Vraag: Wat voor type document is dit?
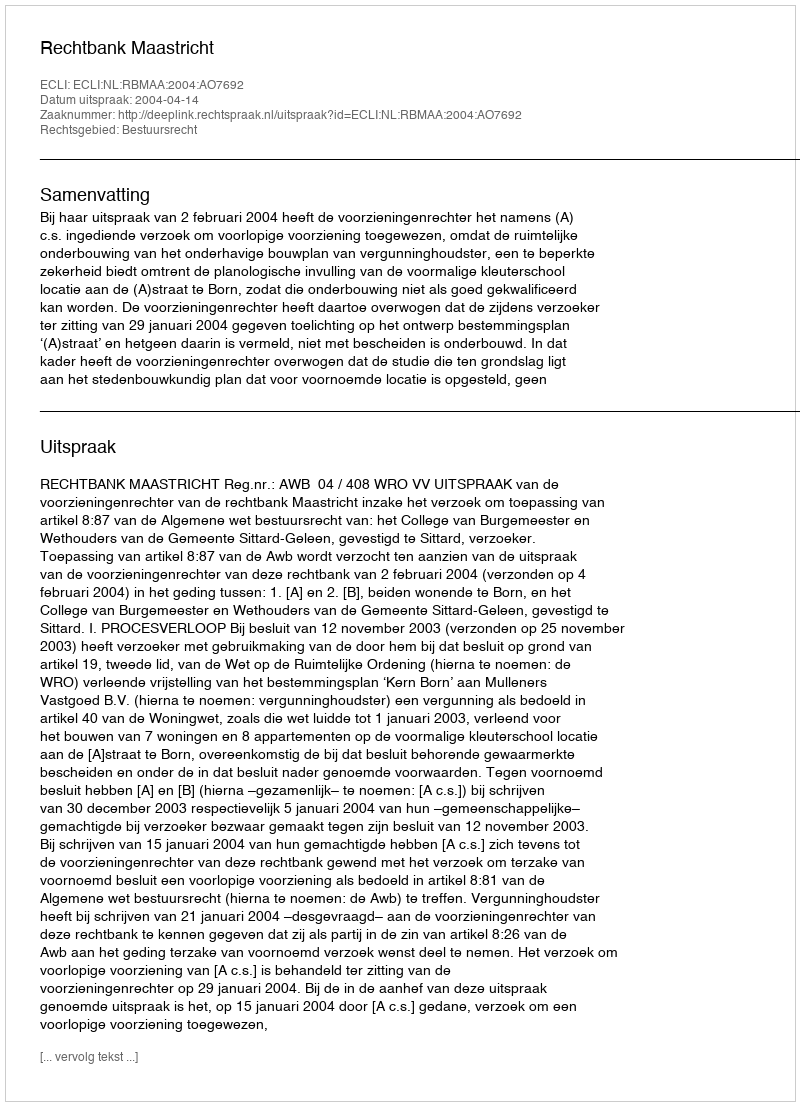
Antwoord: Uitspraak